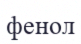
фенол